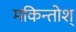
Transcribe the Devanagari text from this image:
मकिन्तोश्